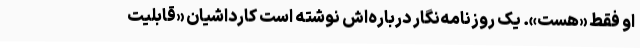
او فقط «هست». یک روزنامه‌نگار درباره‌اش نوشته است کارداشیان «قابلیت